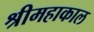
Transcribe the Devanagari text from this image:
श्रीमहाकाल